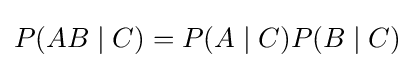
P(AB\mid C)=P(A\mid C)P(B\mid C)